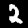
Label: 2